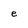
Character: e